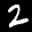
Label: 2